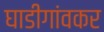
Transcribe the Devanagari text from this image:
घाडीगांवकर